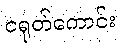
ငရုတ်ကောင်း